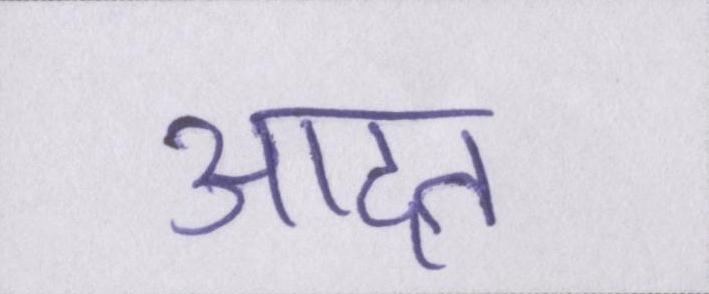
आदत